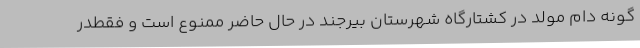
گونه دام مولد در کشتارگاه شهرستان بیرجند در حال حاضر ممنوع است و فقطدر